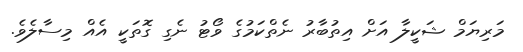
މަރިޔަމް ޝަކީލާ އަށް އިތުބާރު ނެތްކަމުގެ ވޯޓު ނެގި ގޮތަކީ އެއް މިސާލެވެ.